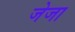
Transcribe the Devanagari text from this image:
जेजा